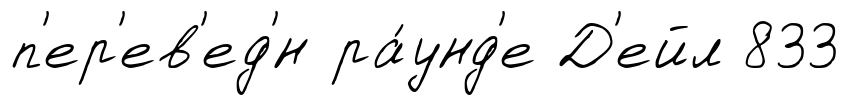
п'ер'ев'ед'́н ра́унд'е Д'ейл 833